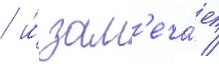
/ и́ зам'еча́ет /